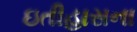
ઇતીહાસના